Medical and sanitary report of the native army of Madras for the year
Year: 1876
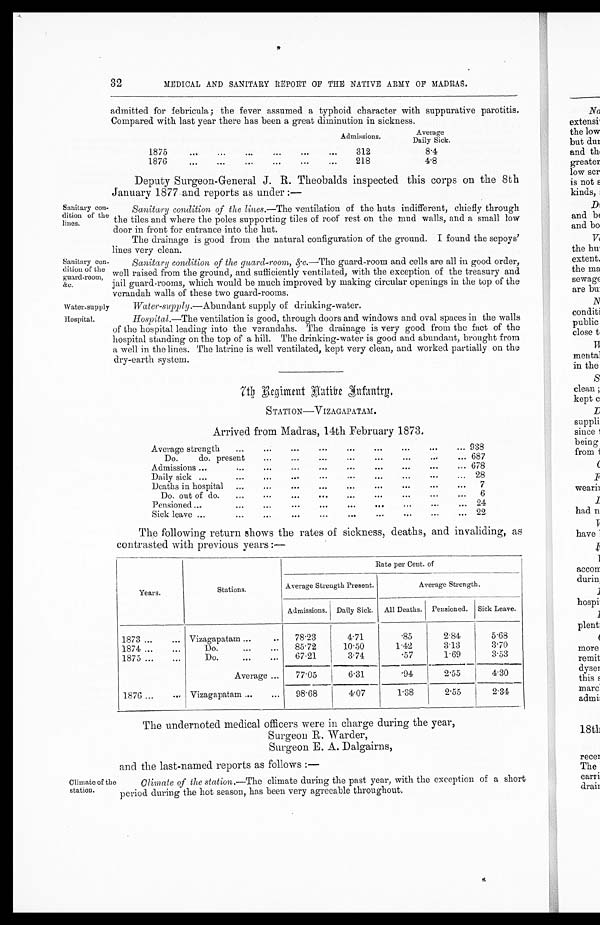
Sanitary con-
dition of the
guard-room,
&c.
Water-supply.
Hospital.
Sanitary con-
dition of the
lines.
32
MEDICAL AND SANITARY REPORT OP THE NATIVE ARMY OF MADRAS.
admitted for febricula; the fever assumed a typhoid character with suppurative parotitis.
Compared with last year there has been a great diminution in sickness.
Admissions.
Average
Daily Sick.
1875
...
. . .
. . .
. . .
. . ...
312
8.4
1876
...
...
. ..
...
...
...
218
4.8
Deputy Surgeon-General J. R. Theobalds inspected this corps on the 8th
January 1877 and reports as under
:—
Sanitary condition of the lines.— The ventilation of the huts indifferent, chiefly through
the tiles and where the poles supporting tiles of roof rest on the mud walls, and a small low
door in front for entrance into the hut.
The drainage is good from the natural configuration of the ground. I found the sepoys'
lines very clean.
Sanitary condition of the guard-room, &c.—The guard-room and cells are all in good order,
well raised from the ground, and sufficiently ventilated, with the exception of the treasury and
jail guard-rooms, which would be much improved by making circular openings in the top of the
verandah walls of these two guard-rooms.
Water-supply .–Abundant supply of drinking-water.
Hospital.—The ventilation is good, through doors and windows and oval spaces in the walls
of the hospital leading into the verandahs. The drainage is very good from the fact of the
hospital standing on the top of a hill. The drinking-water is good and abundant, brought from
a well in the lines. The latrine is well ventilated, kept very clean, and worked partially on the
dry-earth system.
7th Regiment Native Infantry.
STATION—VIZAGAPATAM.
Arrived from Madras. 14th February 1873.
Average strength
...
. . . ...
. . .
. . . . . .
. . .
. . .
... 938
Do.
do. present
...
...
...
...
. . .
...
. . .
. . . 687
Admissions ...
...
. . .
...
...
. . .
. . .
. . .
. . .
... 678
Daily sick ...
...
...
...
...
...
...
...
...
... 28
Deaths in hospital ...
...
. . . ...
. . .
. . .
. . .
. . .
. . . 7
Do. out of do.
...
. . .
...
. . .
. . .
. . .
. . .
. . .
. . . 6
Pensioned...
...
. . .
...
. . .
. . .
. . .
...
. . .
. . . 24
Sick leave ...
...
...
. . .
...
. . .
...
...
..
...
2 2
The following return shows the rates of sickness, deaths, and invaliding, as
contrasted with previous years:—
Rate per Cent. of
Years.
Stations.
Average Strength Present.
Average Strength.
Admissions. Daily Sick. All Deaths. Pensioned. Sick Leave.
1 8 7 3 . . .
. . .
Vizagapatam ...
..
78.23
4.71
.85
2.84
5.68
1874 ...
...
...
Do.
...
...
85.72
10.50
1.42
3.13
3.70
1875 ...
...
Do.
...
...
67.21
3.74
. 57
1.69
3.53
Average ...
77.05
6 . 3 1
.94
2.55
4.30
1876 ...
... Vizagapatam ...
...
98.68
4.07
1.38
2.55
2.34
Climate of the
station.
The undernoted medical officers were in charge during the year,
Surgeon R. Warder,
Surgeon E. A. Dalgairns,
and the last-named reports as follows :—
Climate of the station.—The climate during the past year, with the exception of a short
period during the hot season, has been very agreeable throughout.